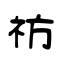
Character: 祊